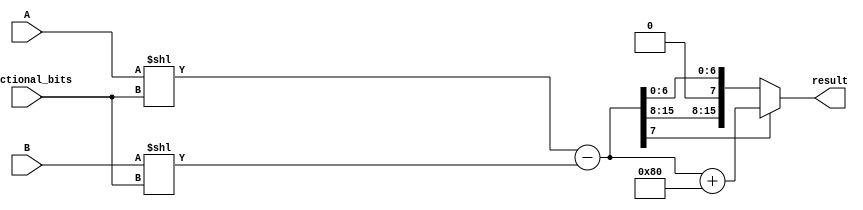
module fixed_point_subtractor (
    input [N-1:0] A,
    input [N-1:0] B,
    input [F-1:0] fractional_bits,
    output [N-1:0] result
);

parameter N = 16; // Total number of bits for A and B
parameter F = 8; // Number of fractional bits

reg [N-1:0] aligned_A;
reg [N-1:0] aligned_B;
reg [N-1:0] aligned_result;

// Align the decimal points of A and B
always @* begin
    aligned_A = A << fractional_bits;
    aligned_B = B << fractional_bits;
end

// Perform subtraction
always @* begin
    aligned_result = aligned_A - aligned_B;
end

// Round the result to the specified number of fractional bits
always @* begin
    if(aligned_result[F-1]) begin
        result = aligned_result + (1 << (F-1));
    end else begin
        result = aligned_result;
    end
end

endmodule